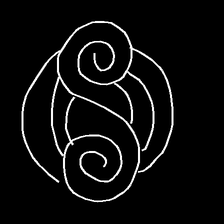
Glyph: wind-underfoot